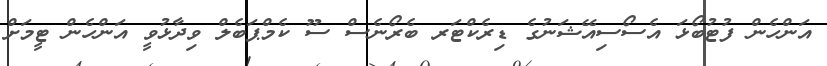
އަންހެން ފުޓުބޯޅަ އެސޯސިއޭޝަނުގެ ޑިރެކްޓަރ ބެރޯނެސް ސޫ ކެމްޕަބެލް ވިދާޅުވީ އަންހެން ޓީމަށް